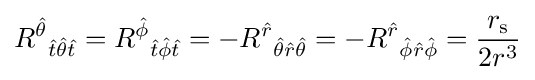
R^{\hat {\theta }}{}_{{\hat {t}}{\hat {\theta }}{\hat {t}}}=R^{\hat {\phi }}{}_{{\hat {t}}{\hat {\phi }}{\hat {t}}}=-R^{\hat {r}}{}_{{\hat {\theta }}{\hat {r}}{\hat {\theta }}}=-R^{\hat {r}}{}_{{\hat {\phi }}{\hat {r}}{\hat {\phi }}}={\frac {r_{\text{s}}}{2r^{3}}}